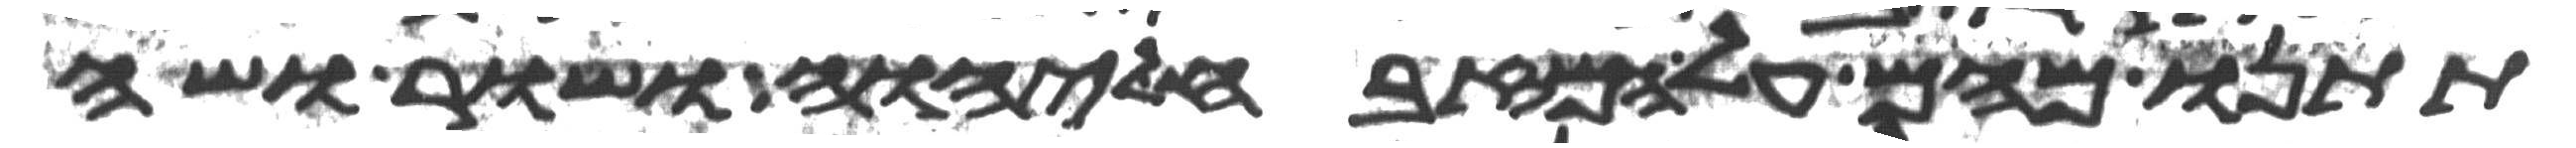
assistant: תתנו מהם על המזבח ליהוה ושור ושה